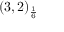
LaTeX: ( 3 , 2 ) _ { \frac { 1 } { 6 } }